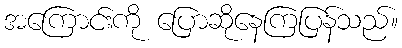
အကြောင်းကို ပြောဆိုနေကြပြန်သည်။